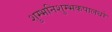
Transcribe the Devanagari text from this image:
शुम्भनिशुम्भकपालधरे